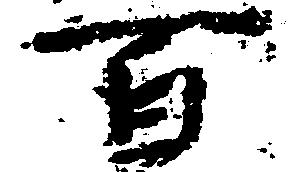
百